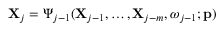
\mathbf { X } _ { j } = \boldsymbol { \Psi } _ { j - 1 } ( \mathbf { X } _ { j - 1 } , \ldots , \mathbf { X } _ { j - m } , \boldsymbol { \omega } _ { j - 1 } ; \mathbf { p } )